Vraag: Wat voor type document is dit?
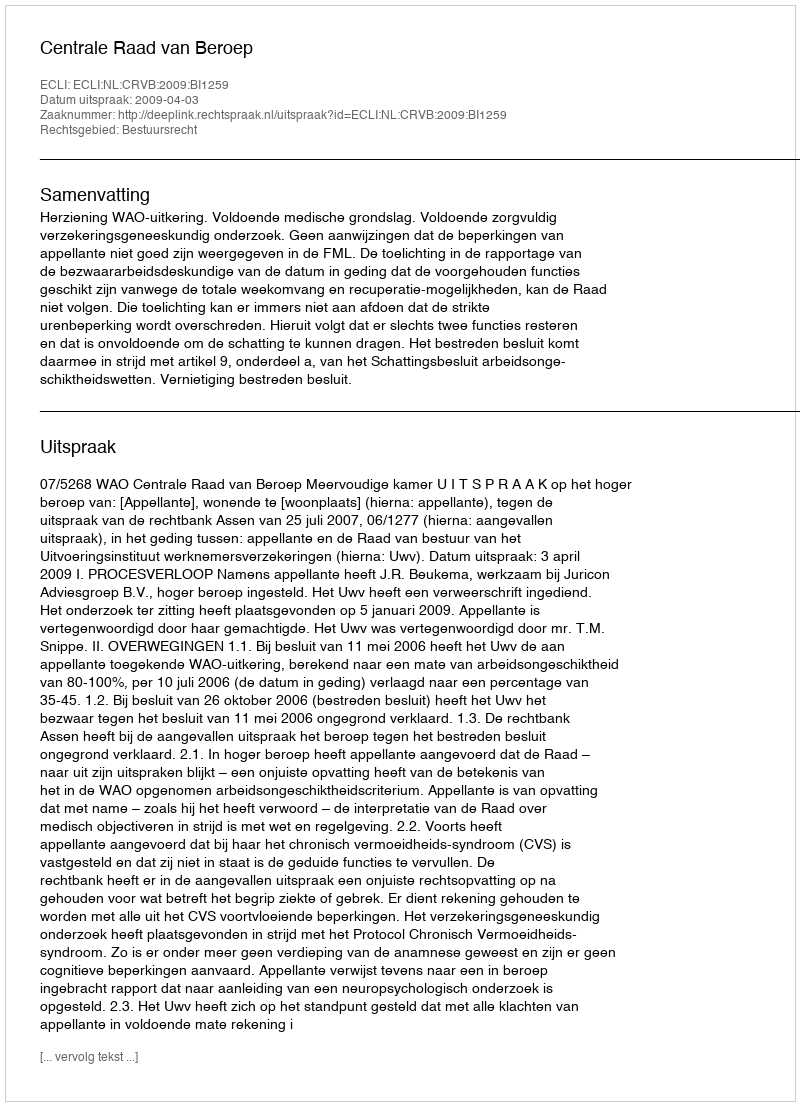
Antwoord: Uitspraak